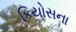
કિયોસના